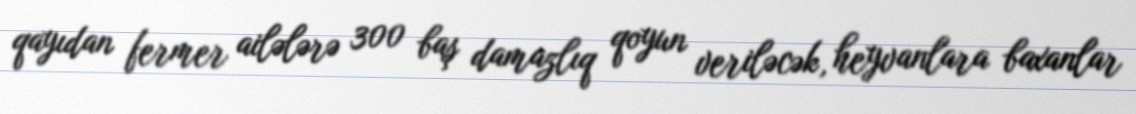
qayıdan fermer ailələrə 300 baş damazlıq qoyun veriləcək, heyvanlara baxanlar